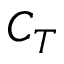
C _ { T }